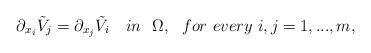
LaTeX: \begin{align*} {\partial_{ x_i}}\tilde V_j={\partial_{ x_j}}\tilde V_i\ \ \ in\ \ \Omega,\ \ {for\ every}\ i,j=1,...,m,\end{align*}